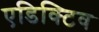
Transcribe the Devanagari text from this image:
एडिक्टिव